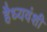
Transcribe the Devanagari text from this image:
हैध्यवंशी